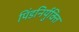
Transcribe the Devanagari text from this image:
पिंडनिर्युक्ति